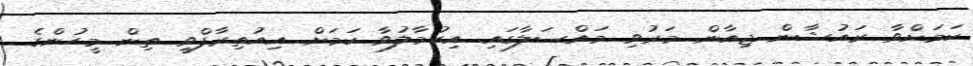
ކަމަށްވާ ރައުޝާން ޖިއާން މަރުވި މައްސަލާގައި އިހުމާލުވާ ކަމަށް އިއުތިރާފްވީ ތިން މީހުންގެ